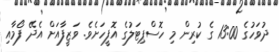
ދުވަހުގެ 13:00 ގެ ކުރިން މި ހޮސްޕިޓަލުގެ އޮފީހަށެވެ. ވަޒީފާއަށް އެދޭ ފޯމާއި